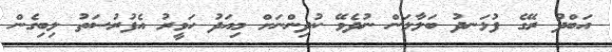
އަބްދު ރޭގެ ފުޅަނދު ބަލާލަން ނުދެވޭ ކުދިންނަށް މިއަދު ހަވީރު އެފުރުސަތު ލިބިގެން